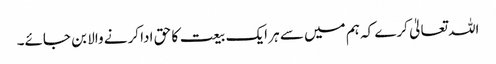
اللہ تعالیٰ کرے کہ ہم میں سے ہر ایک بیعت کا حق ادا کرنے والا بن جائے۔